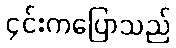
၄င်းကပြောသည်